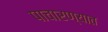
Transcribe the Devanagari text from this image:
पाचारण्यात